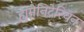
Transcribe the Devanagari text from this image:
ह्युमेनिटेरियन